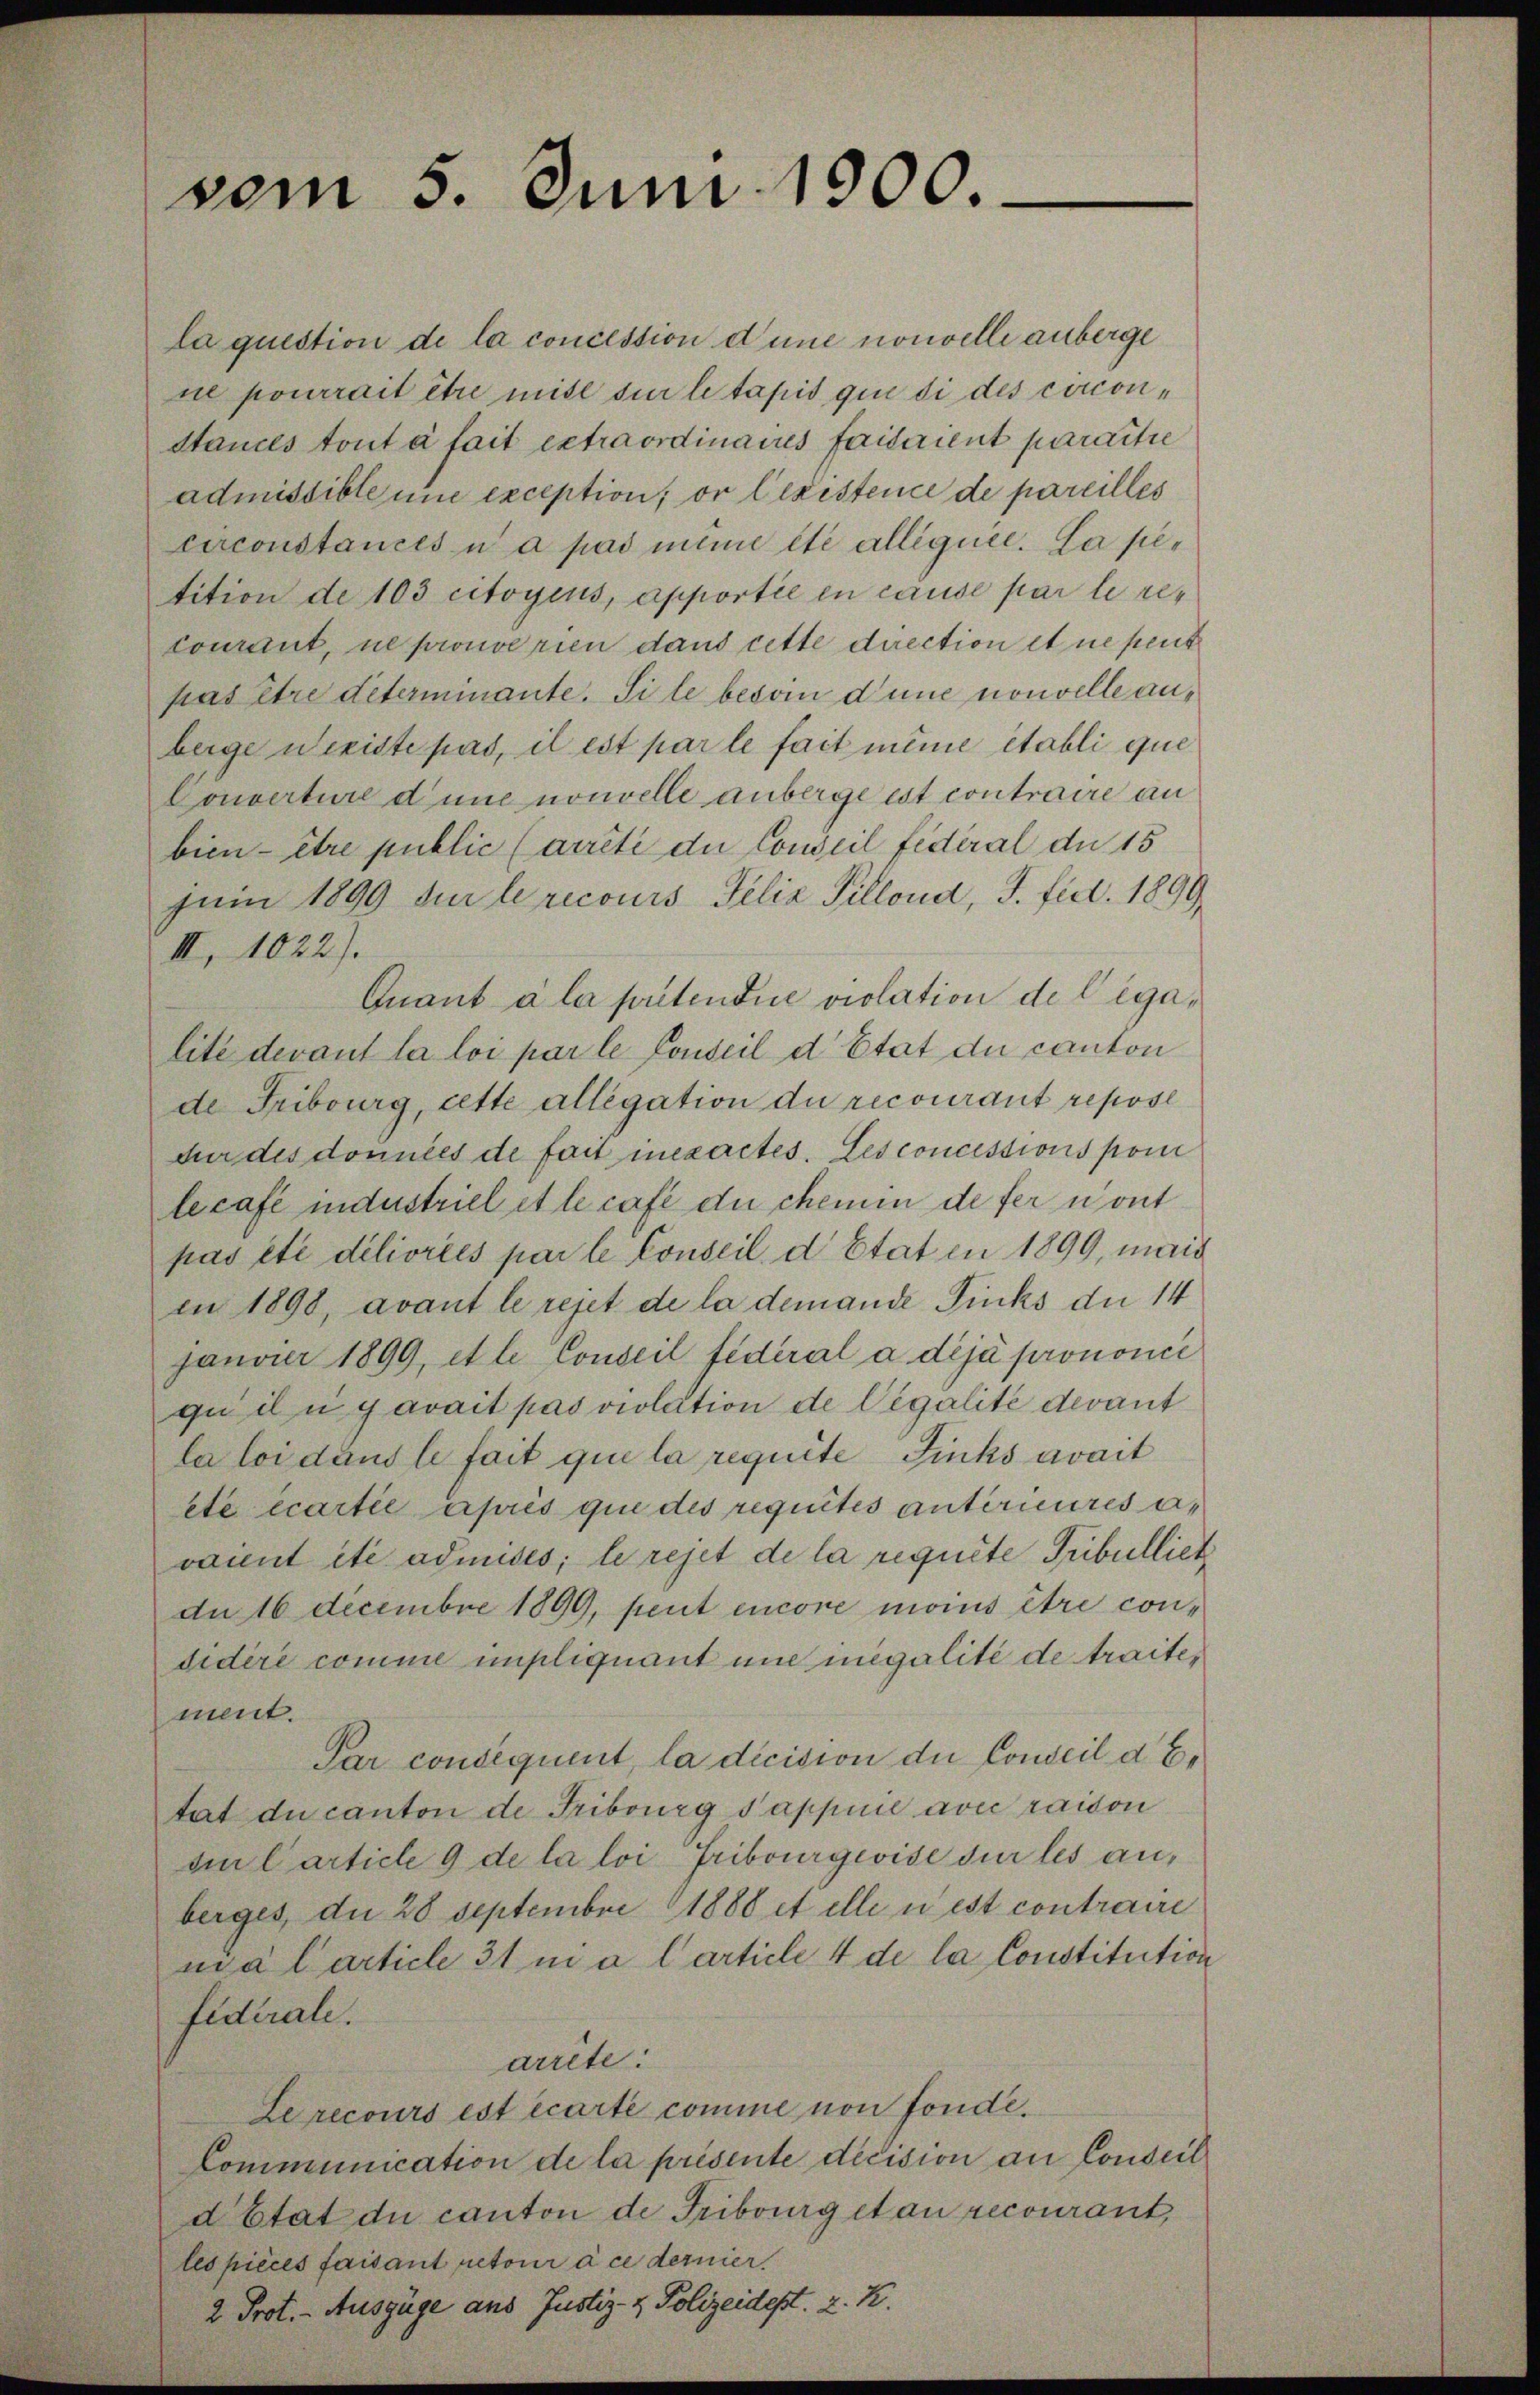
vom 5. Juni 1900.

la question de la concession d’une nouvelli anberge
ne pourrait être mite sur le tapis qui di des circon¬
Stances tout à fait extraordinaires faisaient paraitie
admissible une exception, or Cexistence de pareilles
circonstances u a pas minie été alléguée. La petition de 103 citoyens, apportée en cause par le recourant, ne prouve rien dans cette direction et ne peut
pas être déterminante. Si le besoin d’une nouvelle anberge weridte pas, il est par le fait même établi que
Couverture d une nouvelle anberge ist contraire an
bien - être public (arrête der Conseil fédéral du 15
Juni 1899 sur le recours Felix Tillond, J. fict. 1899,
III, 1022).
Quant à la putendie violation de legalité devant la loi par le Conseil d’Etat du canton
de Fribourg, cette allegation du recourant reposi
für des données de fait inexactes. Les concessions pou
lecafe industriel et le café du chemen de fer mont
pas été déliorées par le Conseil d Etat in 1899, mais
in 1898, avant le rejet de la demande Ficks du 14
janvier 1899, et le Conseil fédéral a déjà prononcé
quili avait pas violation de légalité devant
la loi dans le fait que la requite Finks avait
eté écartie après que des requites antérieures an
vannt ité admises; le rejet de la requite Tribullier
du 16 Decembre 1899, peut encore moins être condidéré comme impliquant und inegalité de traite,
ment.
Par consequent, la dicision der Conseil d. E.
tat du canton de Fribourg sappnie avec raison
sin Carticle 9 de la loi Fribourgevise sur les anberges, die 28 Septembre 1888 et elle u est contraire
nna Carticle 31 i a l article 4 de la Constitution
Fidérale.
arrête.
Lerecours est écarte comme von fonde.
Communication de la présente decision an Conseil
détat du canton de Tribourg et au recourant,
les pièces faisant petoir à ce dernier.
2 Prot. - Auszüge aus Justiz- & Polizeidest, z. K.